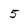
Character: 5